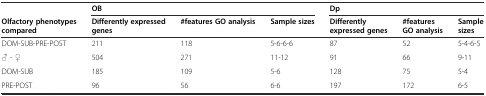
<table><thead><tr><td></td><td colspan="3"><b>OB</b></td><td colspan="3"><b>Dp</b></td></tr><tr><td><b>Olfactory phenotypes compared</b></td><td><b>Differently expressed genes</b></td><td><b>#features GO analysis</b></td><td><b>Sample sizes</b></td><td><b>Differently expressed genes</b></td><td><b>#features GO analysis</b></td><td><b>Sample sizes</b></td></tr></thead><tbody><tr><td>DOM-SUB-PRE-POST</td><td>211</td><td>118</td><td>5-6-6-6</td><td>87</td><td>52</td><td>5-4-6-5</td></tr><tr><td>♂ - ♀</td><td>504</td><td>271</td><td>11-12</td><td>91</td><td>66</td><td>9-11</td></tr><tr><td>DOM-SUB</td><td>185</td><td>109</td><td>5-6</td><td>128</td><td>75</td><td>5-4</td></tr><tr><td>PRE-POST</td><td>96</td><td>56</td><td>6-6</td><td>197</td><td>172</td><td>6-5</td></tr></tbody></table>